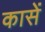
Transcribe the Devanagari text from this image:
कासें